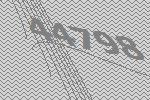
44798